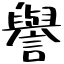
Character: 譽